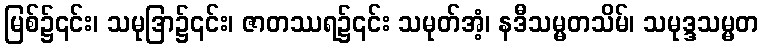
မြစ်၌၎င်း၊ သမုဒြာ၌၎င်း၊ ဇာတဿရ၌၎င်း သမုတ်အံ့၊ နဒီသမ္မတသိမ်၊ သမုဒ္ဒသမ္မတ